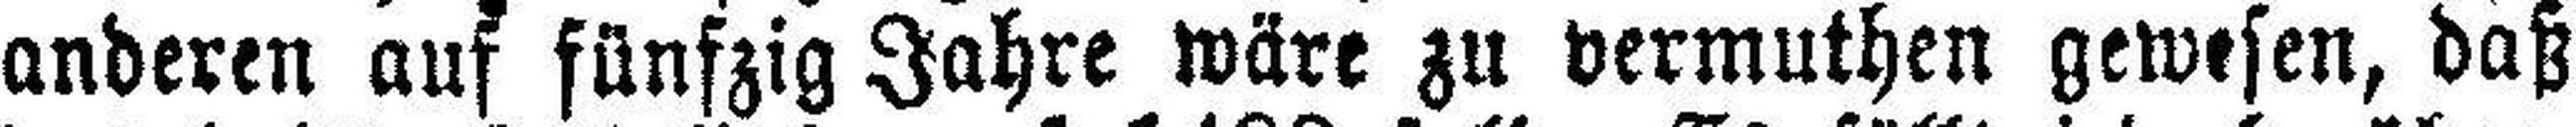
anderen auf fünfzig Jahre wäre zu vermuthen gewesen, daß